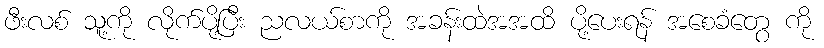
ဖီးလစ် သူ့ကို လိုက်ပို့ပြီး ညလယ်စာကို အခန်းထဲအအထိ ပို့ပေးရန် အစေခံတွေ ကို